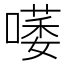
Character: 𠾭